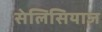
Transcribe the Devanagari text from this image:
सेलिसियाज